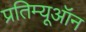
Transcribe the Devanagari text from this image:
प्रतिम्यूऑन